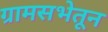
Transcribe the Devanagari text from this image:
ग्रामसभेतून